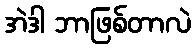
အဲဒါ ဘာဖြစ်တာလဲ